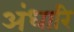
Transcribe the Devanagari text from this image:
अंधारि